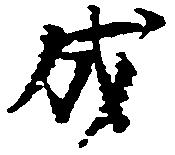
成